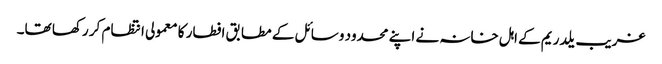
غریب یلدریم کے اہل خانہ نے اپنے محدود وسائل کے مطابق افطار کا معمولی انتظام کر رکھا تھا۔